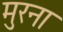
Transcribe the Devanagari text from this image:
मुरना